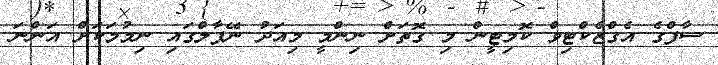
ސާފްގެ އެގްޒެކްޓިވް ކޮމިޓީން މި ގޮތަށް ނިންމީ މިއަދު ނޭޕާލްގައި ނިމުމަކަށް އަންނަ